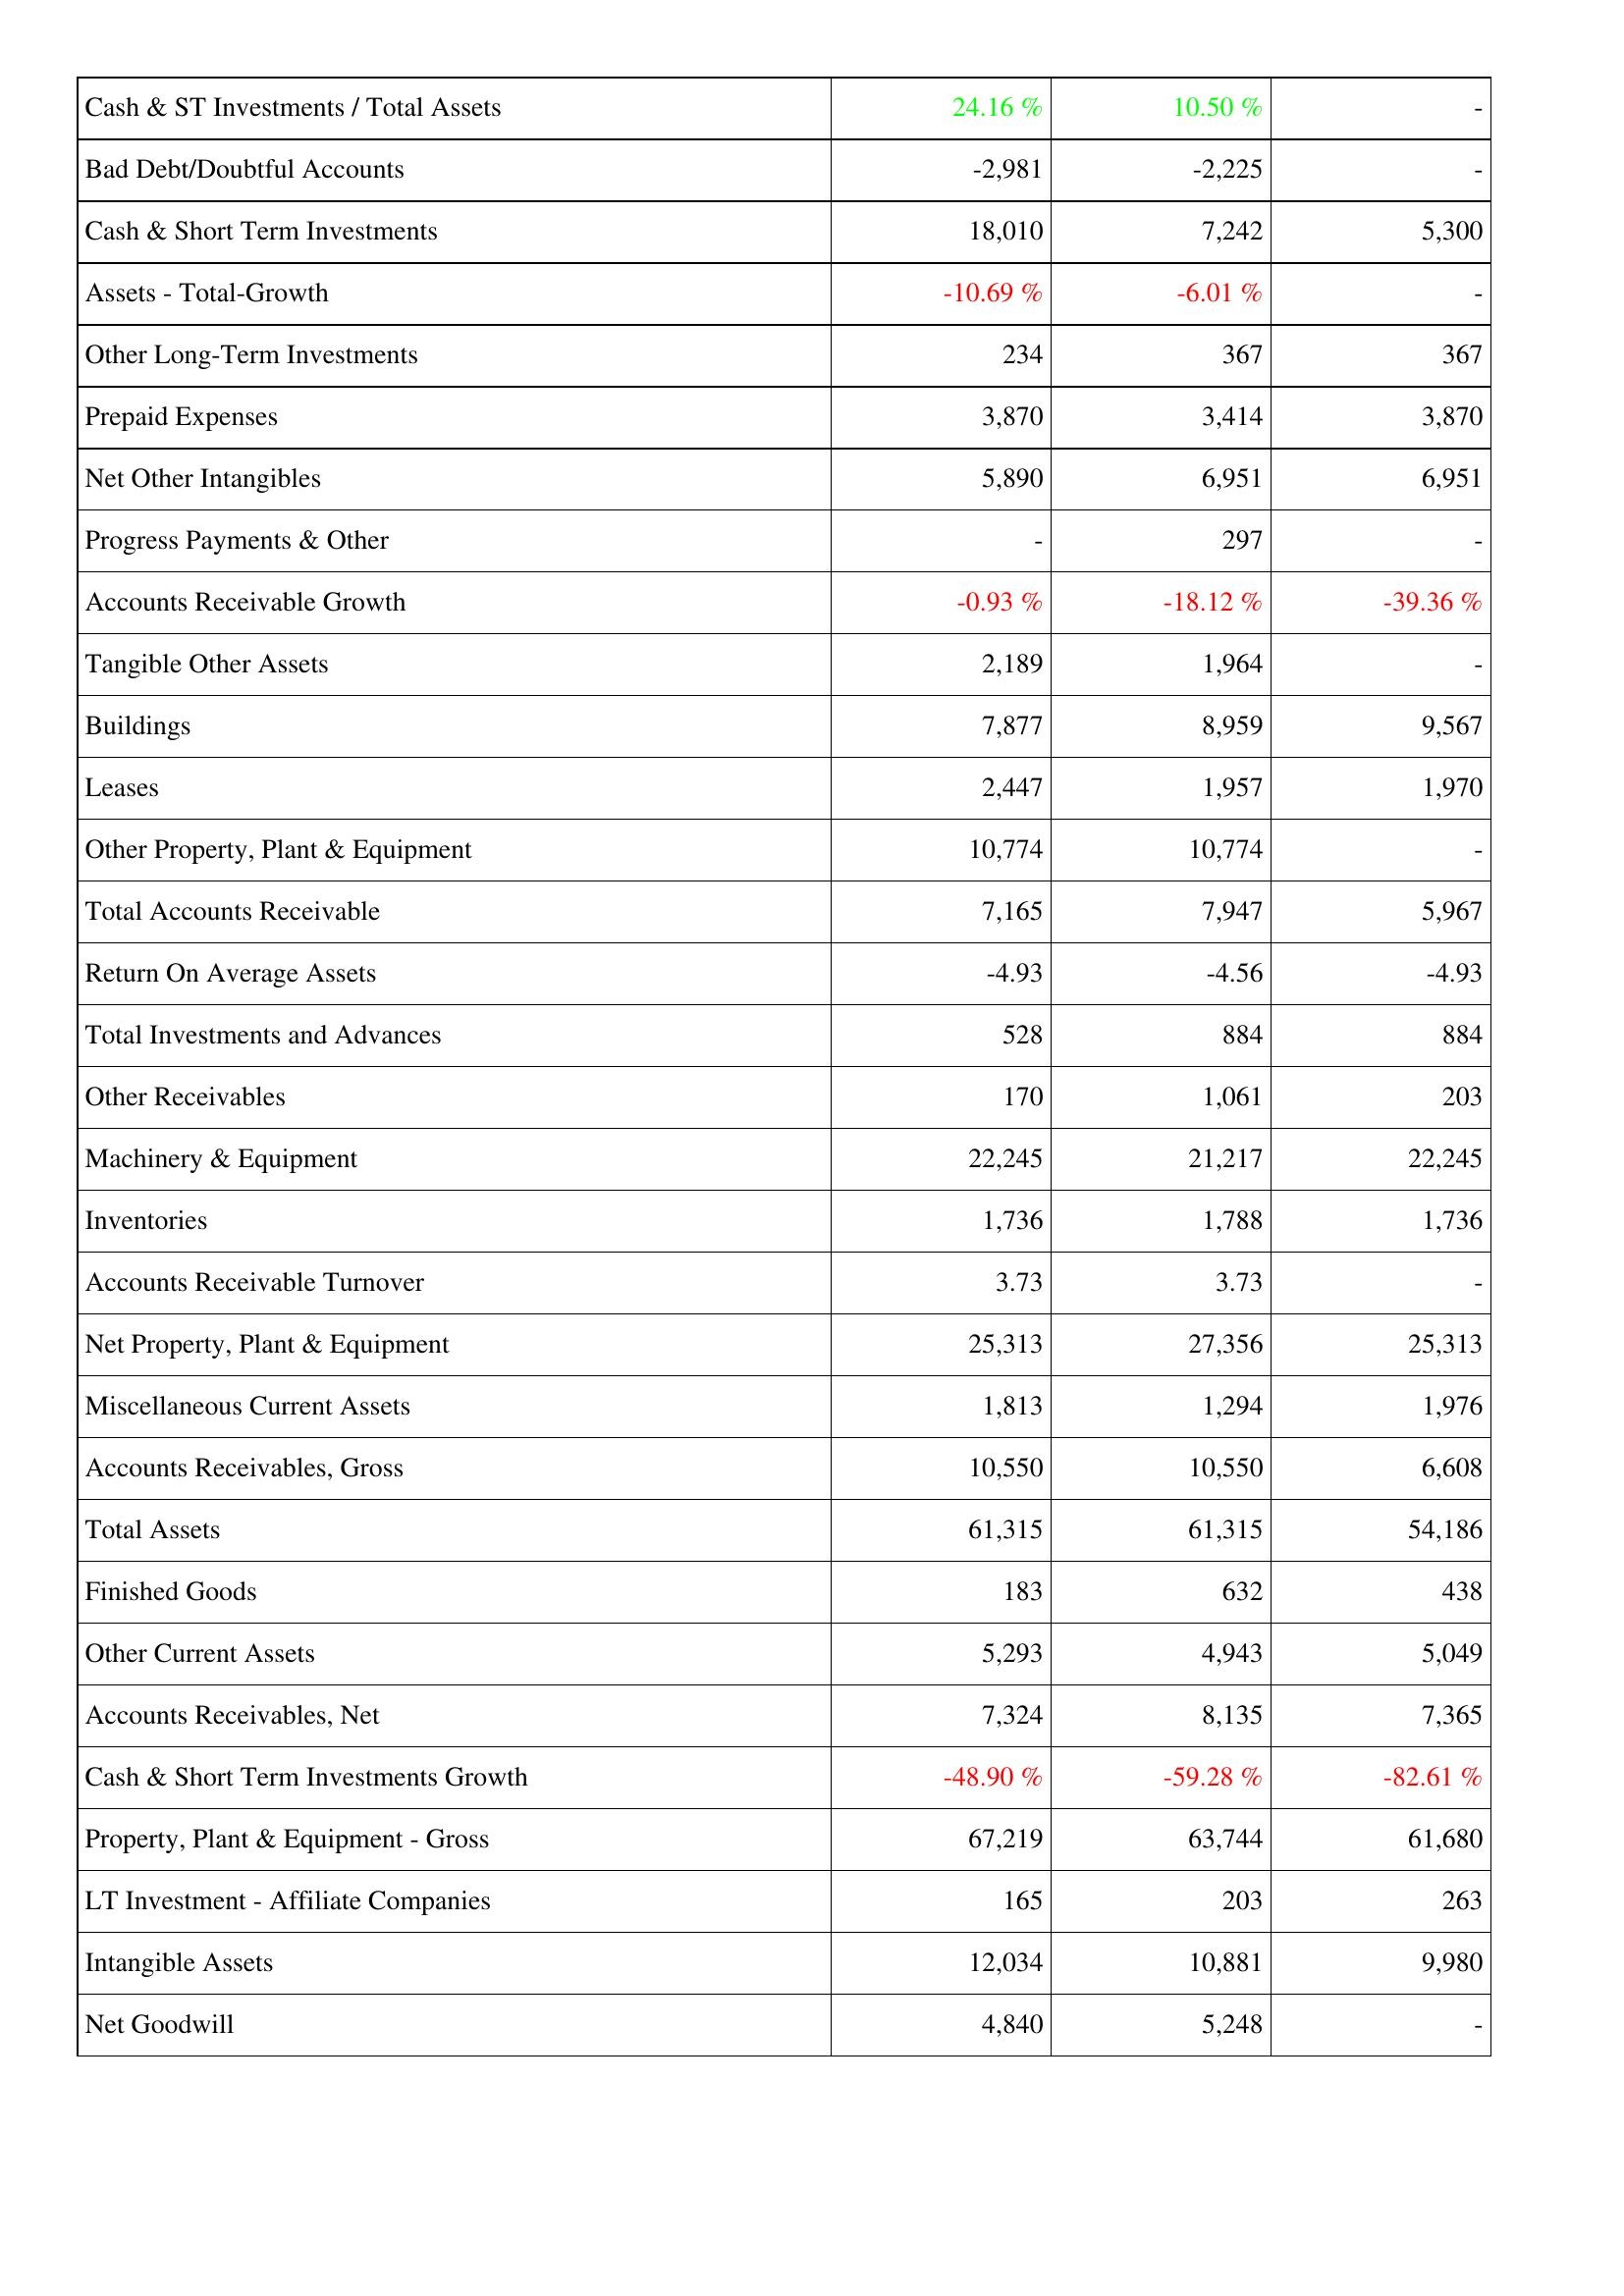
2013: Assets: Cash & ST Investments / Total Assets: 24.16 %
Bad Debt/Doubtful Accounts: -2,981
Cash & Short Term Investments: 18,010
Assets - Total-Growth: -10.69 %
Other Long-Term Investments: 234
Prepaid Expenses: 3,870
Net Other Intangibles: 5,890
Progress Payments & Other: -
Accounts Receivable Growth: -0.93 %
Tangible Other Assets: 2,189
Buildings: 7,877
Leases: 2,447
Other Property, Plant & Equipment: 10,774
Total Accounts Receivable: 7,165
Return On Average Assets: -4.93
Total Investments and Advances: 528
Other Receivables: 170
Machinery & Equipment: 22,245
Inventories: 1,736
Accounts Receivable Turnover: 3.73
Net Property, Plant & Equipment: 25,313
Miscellaneous Current Assets: 1,813
Accounts Receivables, Gross: 10,550
Total Assets: 61,315
Finished Goods: 183
Other Current Assets: 5,293
Accounts Receivables, Net: 7,324
Cash & Short Term Investments Growth: -48.90 %
Property, Plant & Equipment - Gross: 67,219
LT Investment - Affiliate Companies: 165
Intangible Assets: 12,034
Net Goodwill: 4,840
2012: Assets: Cash & ST Investments / Total Assets: 10.50 %
Bad Debt/Doubtful Accounts: -2,225
Cash & Short Term Investments: 7,242
Assets - Total-Growth: -6.01 %
Other Long-Term Investments: 367
Prepaid Expenses: 3,414
Net Other Intangibles: 6,951
Progress Payments & Other: 297
Accounts Receivable Growth: -18.12 %
Tangible Other Assets: 1,964
Buildings: 8,959
Leases: 1,957
Other Property, Plant & Equipment: 10,774
Total Accounts Receivable: 7,947
Return On Average Assets: -4.56
Total Investments and Advances: 884
Other Receivables: 1,061
Machinery & Equipment: 21,217
Inventories: 1,788
Accounts Receivable Turnover: 3.73
Net Property, Plant & Equipment: 27,356
Miscellaneous Current Assets: 1,294
Accounts Receivables, Gross: 10,550
Total Assets: 61,315
Finished Goods: 632
Other Current Assets: 4,943
Accounts Receivables, Net: 8,135
Cash & Short Term Investments Growth: -59.28 %
Property, Plant & Equipment - Gross: 63,744
LT Investment - Affiliate Companies: 203
Intangible Assets: 10,881
Net Goodwill: 5,248
2011: Assets: Cash & ST Investments / Total Assets: -
Bad Debt/Doubtful Accounts: -
Cash & Short Term Investments: 5,300
Assets - Total-Growth: -
Other Long-Term Investments: 367
Prepaid Expenses: 3,870
Net Other Intangibles: 6,951
Progress Payments & Other: -
Accounts Receivable Growth: -39.36 %
Tangible Other Assets: -
Buildings: 9,567
Leases: 1,970
Other Property, Plant & Equipment: -
Total Accounts Receivable: 5,967
Return On Average Assets: -4.93
Total Investments and Advances: 884
Other Receivables: 203
Machinery & Equipment: 22,245
Inventories: 1,736
Accounts Receivable Turnover: -
Net Property, Plant & Equipment: 25,313
Miscellaneous Current Assets: 1,976
Accounts Receivables, Gross: 6,608
Total Assets: 54,186
Finished Goods: 438
Other Current Assets: 5,049
Accounts Receivables, Net: 7,365
Cash & Short Term Investments Growth: -82.61 %
Property, Plant & Equipment - Gross: 61,680
LT Investment - Affiliate Companies: 263
Intangible Assets: 9,980
Net Goodwill: -